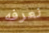
نعرفه